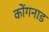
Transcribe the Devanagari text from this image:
कोंगनाड